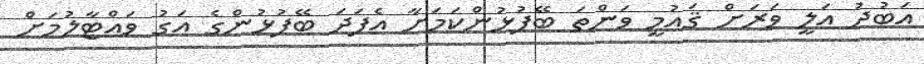
އަބުދު އަލީ ވަރަށް ޤައުމީ ވަންތަ ބޭފުޅުންކަމަށާ އެފަދަ ބޭފުޅުންގެ އަގު ވަައްޓާލުމަށް